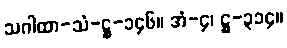
သဂါထာ-သံ-ဋ္ဌ-၁၄၆။ အံ-၄၊ ဋ္ဌ-၃၁၄။